Annual administration report of the Civil Veterinary Department of India - 1894-1895
Year: 1894
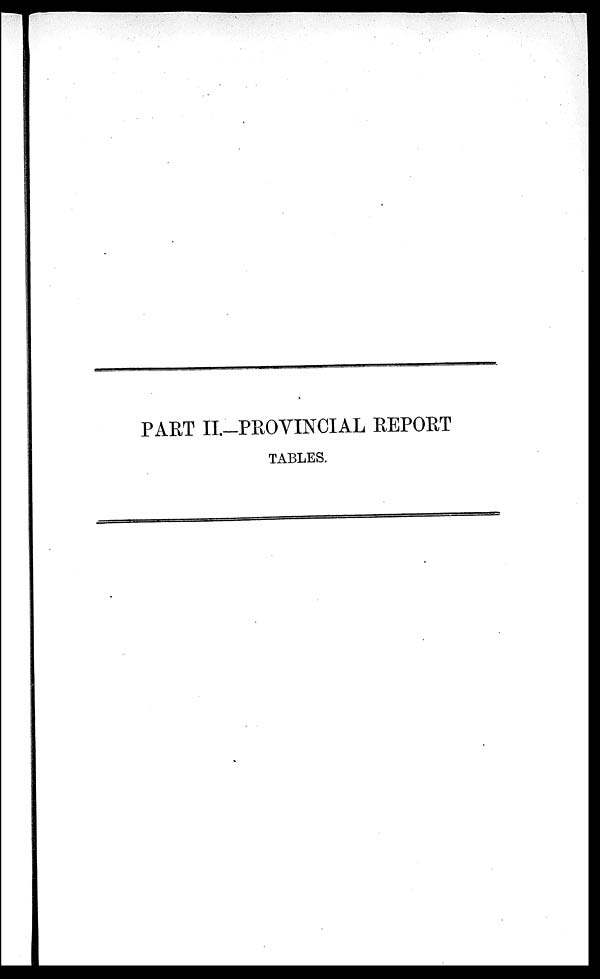
PART II.—PROVINCIAL REPORT
TABLES.